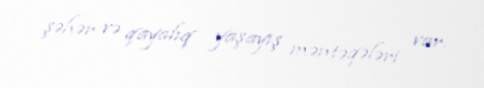
şəhər və qayalıq yaşayış məntəqələri var.